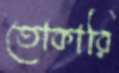
তোকারি